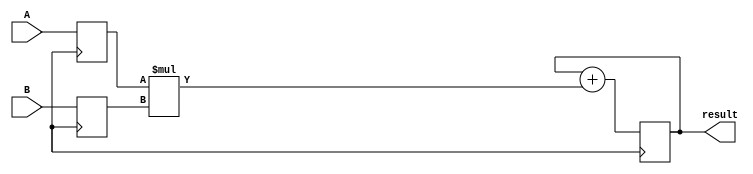
module multiplier (
    input [7:0] A,
    input [7:0] B,
    output reg [15:0] result
);

reg [7:0] reg_A;
reg [7:0] reg_B;
reg [15:0] multiply_result;
reg [15:0] accumulate_result;

// Register block
always @(posedge clk) begin
    reg_A <= A;
    reg_B <= B;
end

// Multiplier block
always @* begin
    multiply_result = reg_A * reg_B;
end

// Accumulator block
always @(posedge clk) begin
    accumulate_result <= accumulate_result + multiply_result;
end

// Output result
assign result = accumulate_result;

endmodule